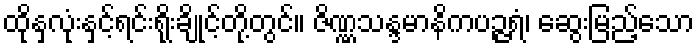
ထိုနှလုံးနှင့်ရင်းရိုးချိုင့်တို့တွင်။ ဇိဏ္ဏသန္ဒမာနိကပဉ္ဇရံ၊ ဆွေးမြည့်သော